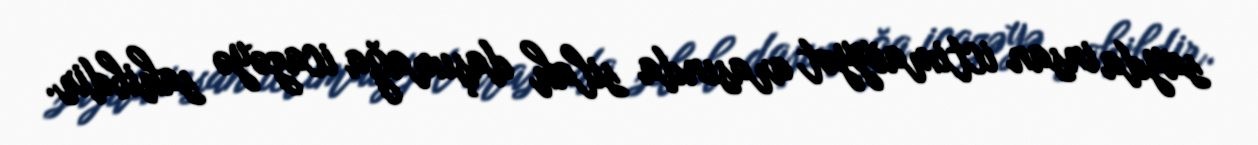
sayda insan ictimaiyyət arasında silah daşımağa icazəyə sahibdir.